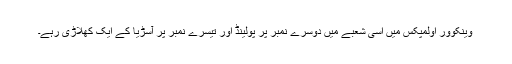
وینکوور اولمپکس میں اسی شعبے میں دوسرے نمبر پر پولینڈ اور تیسرے نمبر پر آسڑیا کے ایک کھلاڑی رہے۔